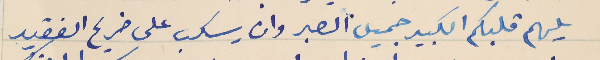
يلهم قلبكم الكبير جميل الصبر وان يسكب على ضريح الفقيد